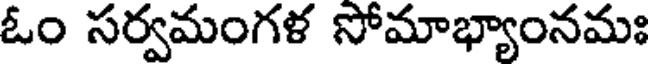
ఓం సర్వమంగళ సోమాభ్యాంనమః